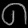
Digit: ၈